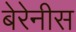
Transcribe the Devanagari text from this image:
बेरेनीस